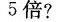
5倍?